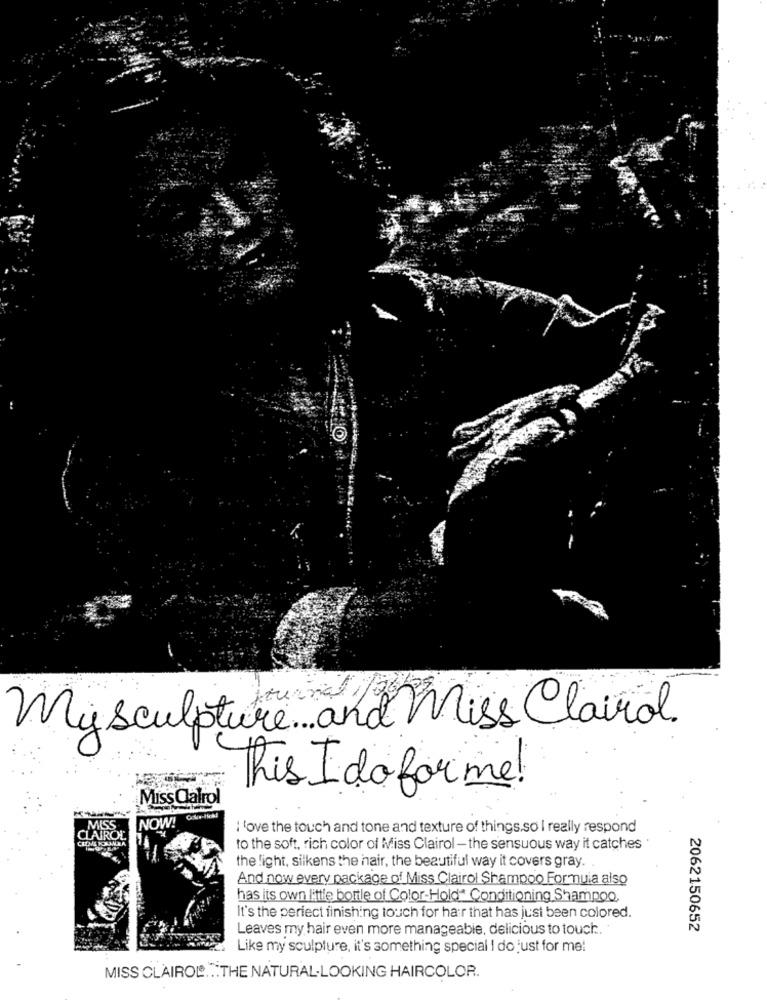
My sculpture . and Miss Clairol.
This I dofor me!
Miss Calrol
NOW!
MISS
I love the touch and tone and texture of things.so I really respond
CLAIROL
CIZME KRANDA
to the soft, rich color of Miss Clairol - the sensuous way it catches
the light, silkens the hair, the beautiful way it covers gray.
And now every package of Miss Clairol Shampoo Formula also
has its own little bottle of Color-Hold" Conditioning Shampoo.
It's the perfect finishing touch for hair that has just been colored.
Leaves my hair even more manageable, delicious to touch.
2062150652
Like my sculpture, it's something special I do just for me!
MISS CLAIROL ... THE NATURAL-LOOKING HAIRCOLOR.